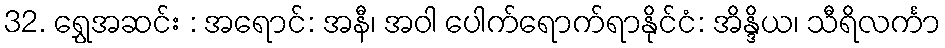
32. ရွှေအဆင်း : အရောင်: အနီ၊ အဝါ ပေါက်ရောက်ရာနိုင်ငံ: အိန္ဒိယ၊ သီရိလင်္ကာ